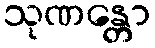
သုဏန္တော